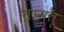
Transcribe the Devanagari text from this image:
ताय्तू